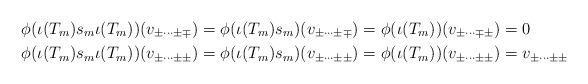
LaTeX: \begin{align*}\phi(\iota(T_m)s_m\iota(T_m))(v_{\pm\cdots \pm \mp}) &= \phi(\iota(T_m)s_m) (v_{\pm\cdots \pm \mp}) =\phi(\iota(T_m))(v_{\pm\cdots \mp \pm})=0\\\phi(\iota(T_m)s_m\iota(T_m))(v_{\pm\cdots \pm \pm}) &= \phi(\iota(T_m)s_m) (v_{\pm\cdots \pm \pm}) =\phi(\iota(T_m))(v_{\pm\cdots \pm \pm})=v_{\pm\cdots \pm \pm}\end{align*}